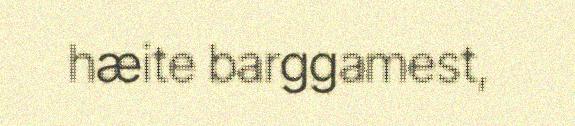
hæite barggamest,